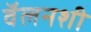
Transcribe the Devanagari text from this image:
वॅलनशी